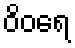
ဝိဝရေ